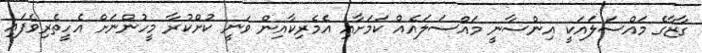
ގާޒާގެ މައްސަލައަކީ އިންސާނީ މައްސަލައެއް ކަމަށާއި އެމެރިކާއިން ވަނީ ކުށްކުރާ މީހުންނަށް އެހީތެރިވެފައި